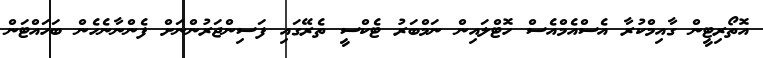
އޮތޯރިޓީން ގާއިމްކުރާ އެސްއެމްއެސް ހޮޓްލައިން ނަމްބަރު ޓެކްސީ ތެރޭގައިި ފަސިންޖަރުންނަށް ފެންނާނެހެން ބަހައްޓަން